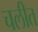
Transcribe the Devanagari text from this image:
चलीत